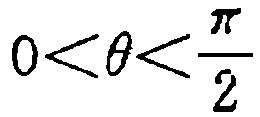
\(0<\theta<\frac{\pi}{2}\)